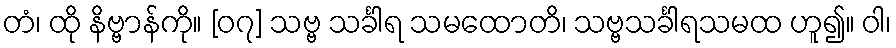
တံ၊ ထို နိဗ္ဗာန်ကို။ [၀၇] သဗ္ဗ သင်္ခါရ သမထောတိ၊ သဗ္ဗသင်္ခါရသမထ ဟူ၍။ ဝါ၊